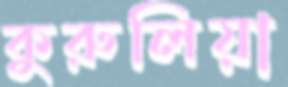
কুরুলিয়া